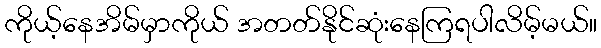
ကိုယ့်နေအိမ်မှာကိုယ် အတတ်နိုင်ဆုံးနေကြရပါလိမ့်မယ်။